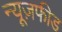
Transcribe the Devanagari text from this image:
न्यूज़फीड